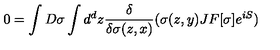
0 = \int D \sigma \int d ^ { d } z { \frac { \delta } { \delta \sigma ( z , x ) } } ( \sigma ( z , y ) J F [ \sigma ] e ^ { i S } )